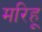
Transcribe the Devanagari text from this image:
मरिहू